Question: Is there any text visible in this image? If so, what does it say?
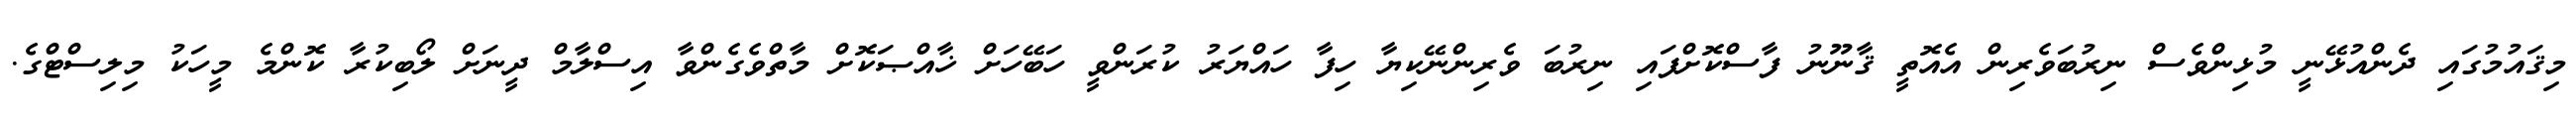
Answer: މިޤައުމުގައި ދެންއުޅޭނީ މުޅިންވެސް ނިރުބަވެރިން އެއޮތީ ޤާނޫނު ފާސްކޮށްފައި ނިރުބަ ވެރިންނޭކިޔާ ހިފާ ހައްޔަރު ކުރަންވީ ހަބޭހަށް ޚާއްޞަކޮށް މާތްވެގެންވާ އިސްލާމް ދީނަށް ލޯބިކުރާ ކޮންމެ މީހަކު މިލިސްޓްގެ.